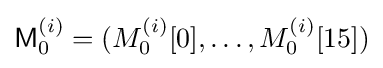
{\textsf {M}}_{0}^{(i)}=(M_{0}^{(i)}[0],\ldots ,M_{0}^{(i)}[15])